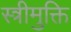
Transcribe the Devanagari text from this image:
स्त्रीमुक्ति